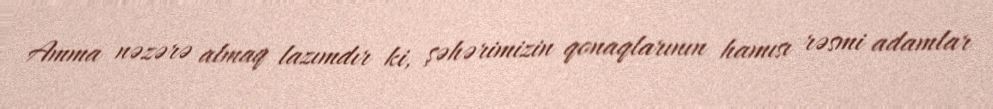
Amma nəzərə almaq lazımdır ki, şəhərimizin qonaqlarının hamısı rəsmi adamlar